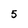
Character: 5